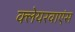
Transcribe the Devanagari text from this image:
क्लेयरवाएंस